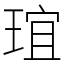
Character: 𤦌